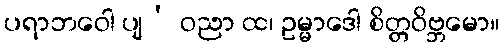
ပရာဘဝေါ ပျ’ ဝညာ ထ၊ ဥမ္မာဒေါ စိတ္တဝိဗ္ဘမော။